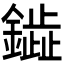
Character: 𫓋